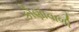
કોણોવાળી